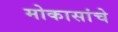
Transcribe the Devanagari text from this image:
मोकासांचे